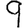
Digit: 9